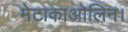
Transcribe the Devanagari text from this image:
मेटाकाओलिन।